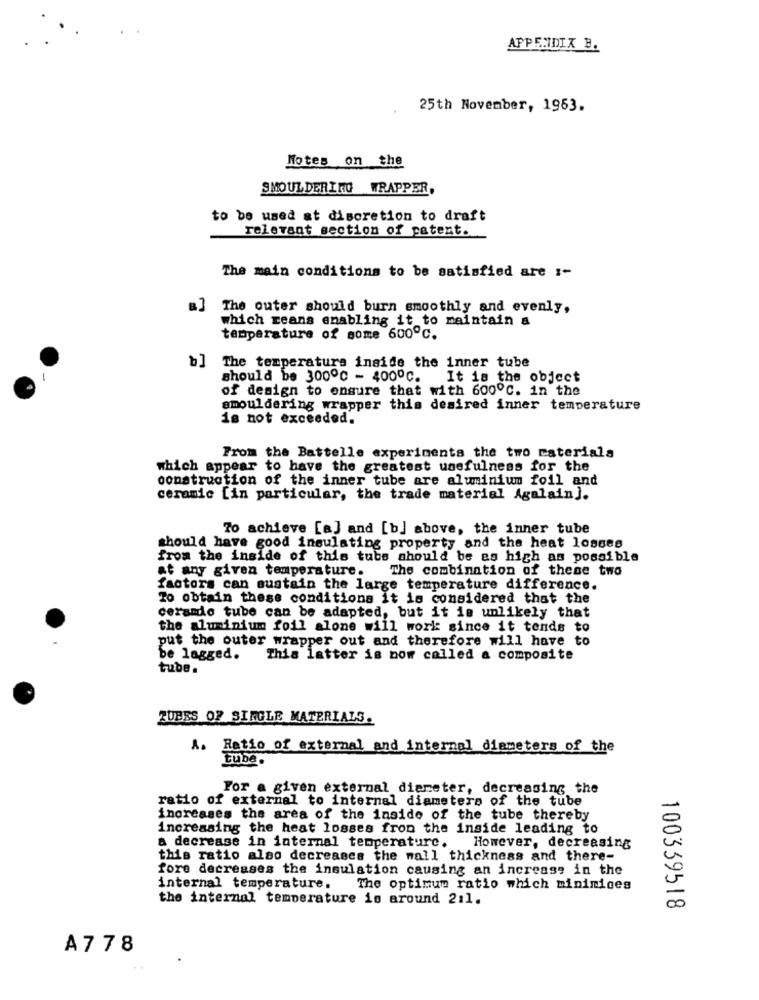
APPENDIX B.
25th November, 1963.
Notes on the
SMOULDERING WRAPPER,
to be used at discretion to draft
relevant section of patent.
The main conditions to be satisfied are :-
The outer should burn smoothly and evenly,
which reans enabling it to maintain a
temperature of some 600℃.
b]
The temperature inside the inner tube
should be 3000℃ - 4000℃.
It is the object
of design to ensure that with 600℃. in the
smouldering wrapper this desired inner temperature
is not exceeded.
From the Battelle experiments the two caterials
which appear to have the greatest usefulness for the
construction of the inner tube are aluminium foil and
ceramic [in particular, the trade material Agalain).
70 achieve [a] and [b] above, the inner tube
should have good insulating property and the heat 1086es
from the inside of this tubs should be as high as possible
at any given temperature.
The combination of these two
factors can sustain the large temperature difference.
To obtain these conditions it is considered that the
ceramio tube can be adapted, but it is unlikely that
the aluminium foil alone will work since it tende to
put the outer wrapper out and therefore will have to
be lagged.
This latter is now called a composite
tube.
ZUBES OF SINGLE MATERIALS.
A. Ratio of external and internal diameters of the
tube.
For a given external diameter, decreasing the
ratio of external to internal diameters of the tube
increases the area of the inside of the tube thereby
increasing the heat losses from the inside leading to
a decrease in internal temperature. However, decreasing
this ratio also decreases the wall thickness and there-
fore decreases the insulation causing an increase in the
internal temperature. The optimum ratio which minimices
the internal temperature is around 2:1.
100339518
A778